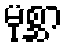
မုစ္ဆာ